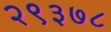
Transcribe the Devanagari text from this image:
२९३७८